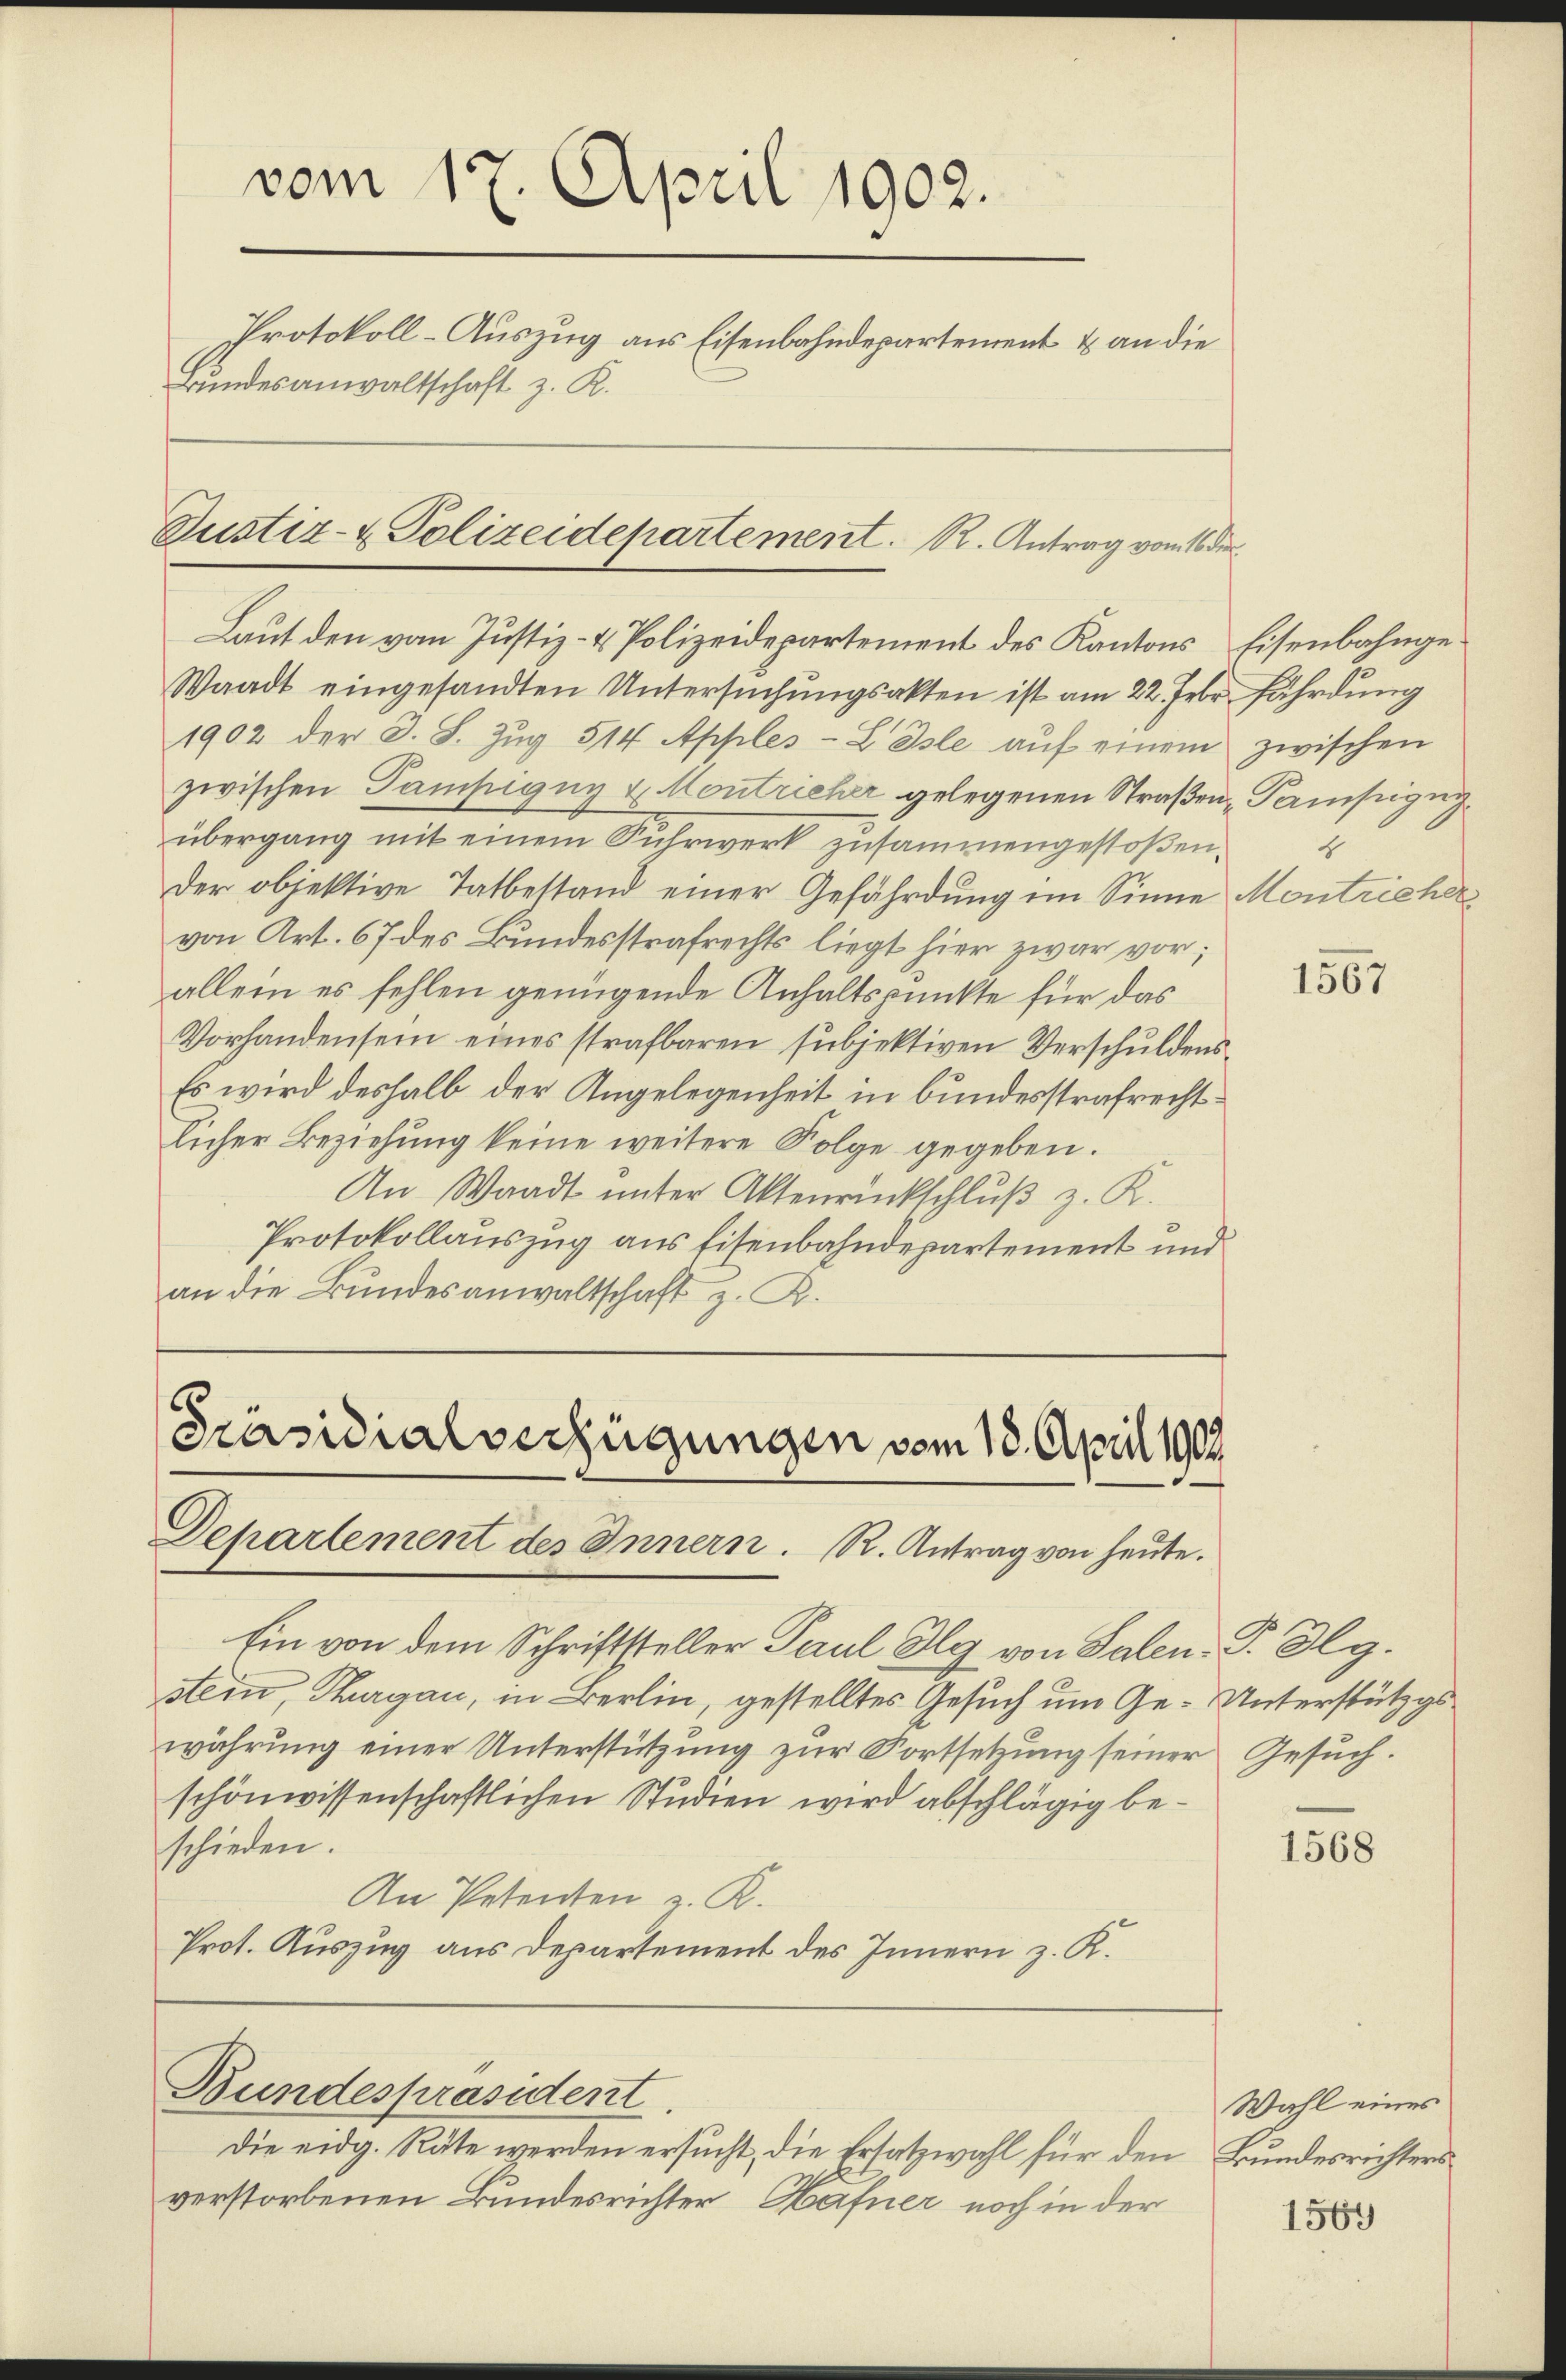
Laut den von Justiz- & Polizeidepartement des Kantons Eisenbahnge¬
Waadt eingesandten Untersuchungsakten ist am 22. Febr. fährdung
1902 der J. L. Zŭg 514 Apples-L Isle aŭf einem zwischen
zwischen Gampigny u. Kontricher gelegenen Straßen Samsizug
übergang mit einem Fuhrwerk zusammengestoßen.
Der objektive Tatbestand einer Gefährdung im Sinne Montricher
von Art. 67 des Bundesstrafrechts liegt hier zwar vor;
allein es fehlen genügende Anhaltspunkte für das
Vorhandensein eines strafbaren subjektiven Verschuldens-
Es wird deshalb der Angelegenheit in bundesstrafrechtlicher Beziehung keine weitere Folge gegeben.
An Waadt unter Aktenrückschlŭβ z. R.
Protokollauszug aus Eisenbahndepartement und
an die Bundesanwaltschaft z. R.

vom 17. April 1902.
Protokoll-Auszug aus Eisenbahndepartement & an die
Bundesanwaltschaft z. R.

Justiz- & Polizeidepartement. R. Antrag vom 16 der

Präsidialverfügungen vom 18. April 1902
Departement des Innern. R. Antrag von heute.

Ein von dem Schriftsteller Paul Kg von Salen- P. Vlg.
stein, Thurgau, in Berlin, gestelltes Gesuch um Ge-Unterstützgswährung einer Unterstützung zur Fortsetzung seiner Gesuch.
schönwissenschaftlichen Studien wird abschlägig beschieden.
An Petenten z. K.
Prot. Auszug aus Departement des Innern z. K.

Bundespräsident.

Die eidg. Räte werden ersucht, die Ersatzwahl für den Bundesrichters
verstorbenen Bundesrichter, Hafner noch in der

4

1567

1568

Wahl eines

1569